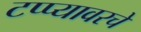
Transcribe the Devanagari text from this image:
टप्प्यावरचे